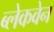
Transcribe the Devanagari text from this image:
ब्लेकवेन